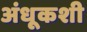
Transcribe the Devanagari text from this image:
अंधूकशी